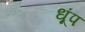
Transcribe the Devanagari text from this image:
धूंप